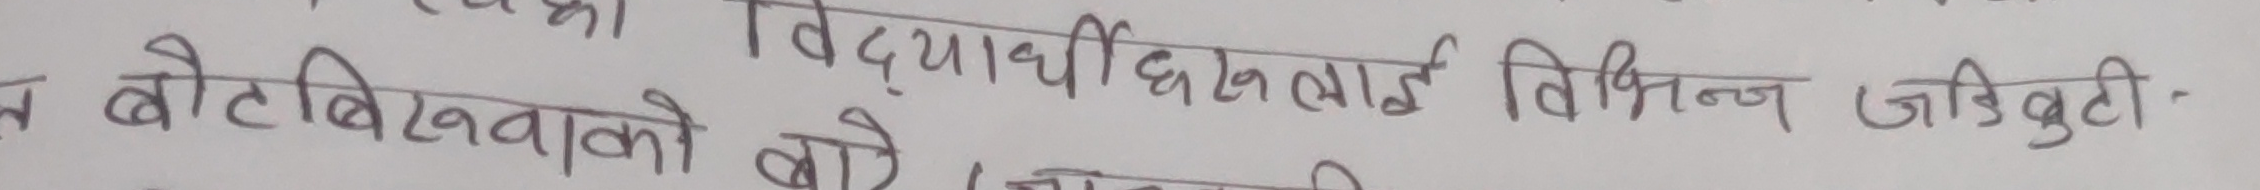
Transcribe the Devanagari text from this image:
विद्यार्थीहरुलाई विभिन्न जडीबुटी-
न बोटबिरुवाको बारे